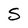
Character: S